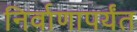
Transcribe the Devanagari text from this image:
निर्वाणापर्यंत